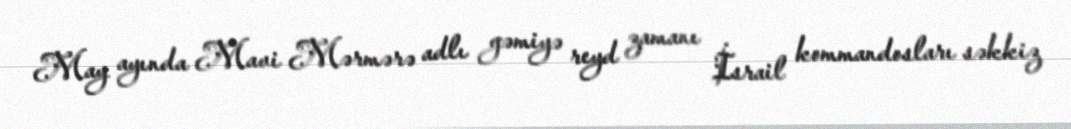
May ayında Mavi Mərmərə adlı gəmiyə reyd zamanı İsrail kommandosları səkkiz